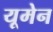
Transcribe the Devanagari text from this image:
यूमेन